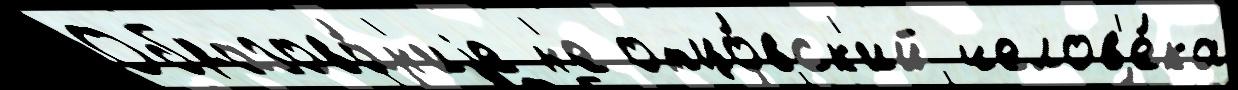
Образова́н'иjе н'е отцо́вск'ий челов'е́ка